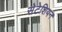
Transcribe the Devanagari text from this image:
सेटेशियन